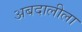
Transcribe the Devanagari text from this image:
अबदालीला